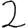
Digit: 2